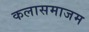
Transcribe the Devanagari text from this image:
कलासमाजम